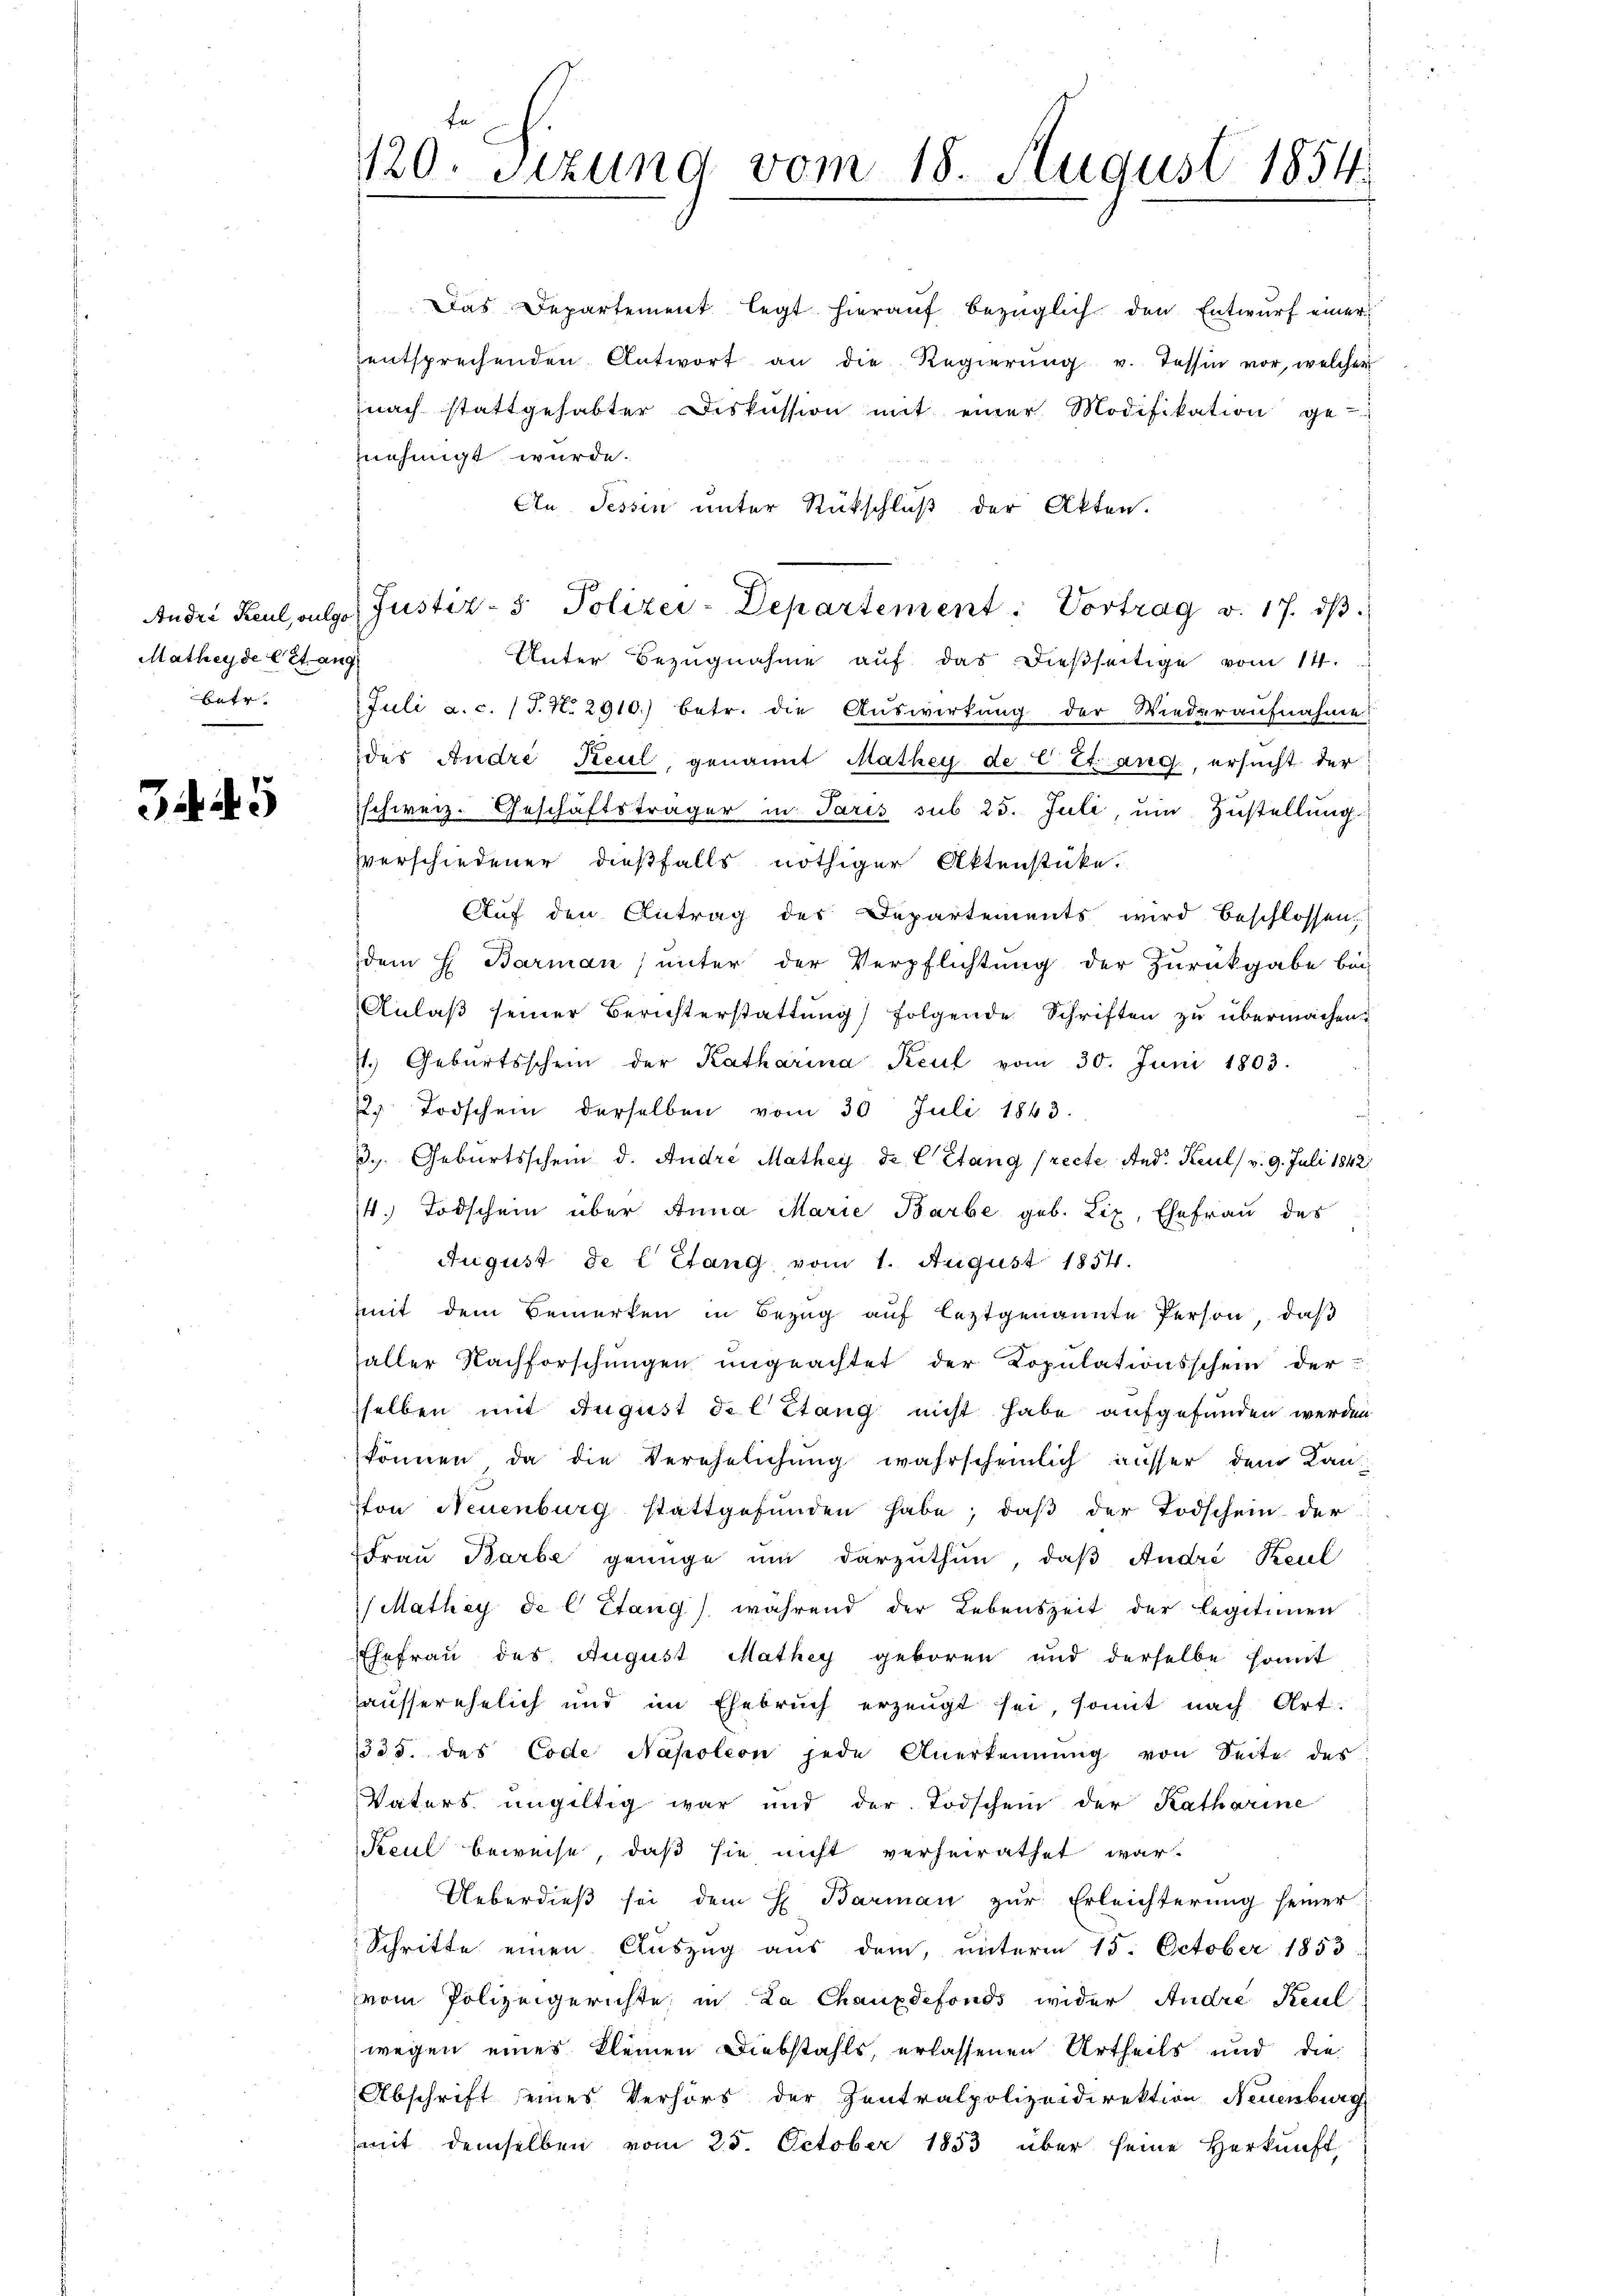
Mathey de cet ang
Batr.

3445

Das Departement legt hierauf bezüglich den Entwurf einer
entsprechenden Antwort an die Regierŭng u. Tessin vor, welcher
nach stattgehabter Diskussion mit einer Modifikation ge-
nehmigt wurde.
An Tessin unter Rückschluß der Akten.
Unter Bezugnahme auf das dießseitige vom 14.
Juli a.c. (T. N. 2910) betr. die Auswirkung der Wiederaufnahme
des Andre Keul, genannt Mathey de C tt. ang, ersucht der
schweiz. Geschäftsträger in Paris sub 25. Juli, um Zustellung.
Verschiedener dießfalls nöthiger Aktenstücke.
Auf den Antrag des Departements wird beschlossen,
dem H. Barman unter der Verpflichtung der Zurückgabe bei
Anlaβ seiner Berichterstattŭng folgende Schriften zŭ übermachen.
7.) Geburtsschein der Katharina Keul vom 30. Juni 1803.
2. Todschein derselben vom 30 Juli 1843.
3.. Geburtsschein d. Andre Mathey de C Stang (recte And. Keul/ v. 9. Juli 1842
14. Todschein über Anna Marie Barbe geb. Lix, Ehefrau des
 August de l Etang vom 1. August 1854.
mit dem Bemerken in Bezug auf leztgenannte Person, daß
haller Nachforschungen ungeachtet der Kopulationsschein der
selben mit August de l. Stang nicht habe aufgefunden werden
können, da die Verehelichŭng wahrscheinlich ausser dem Kanffon Neuenburg stattgefunden habe; daß der Todschein der
Frau Barbe genüge um darzuthun, daß André Keul
/ Mathey de l Etang) während der Lebenszeit der Legitimen
Ehefrau des August Mathey geboren und derselbe somit
hausserehelich und im Ehebruch erzeugt sei, somit nach Art.
535. des Code Napoleon jede Anerkennung von Seite des
Vaters ungültig war und der Todschein der Katharine
Keul beweise, daß sie nicht verheirathet war.
Ueberdieß sei dem H. Barman zur Erleichterung seiner
Schritte einen Auszug aus dem, unterm 15. October 1853
vom Polizeigerichte, in La Chauxdefonds wider Andre Keul
wegen eines Kleinen Diebstahls, erlassenen Urtheils und die
Abschrift seines Verhörs der Zentralpolizeidirektion Neuenburg
mit demselben vom 25. October 1853 über seine Herkunft

120. Sitzung vom 18. August 1854.

Andre Keul, vulgo Justiz- & Polizei-Departement: Vortrag v. 17. dβ.